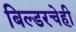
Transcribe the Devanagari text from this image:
बिल्डरचेही